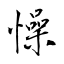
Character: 懆